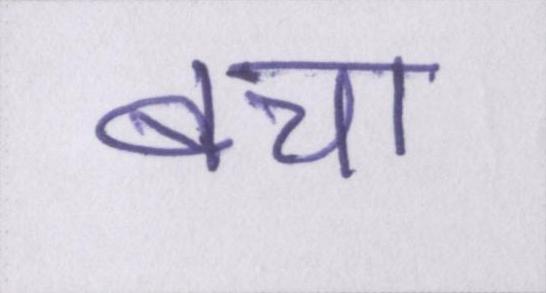
बचा